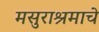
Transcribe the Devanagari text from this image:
मसुराश्रमाचे